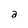
Character: a